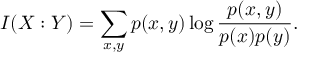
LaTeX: I ( X : Y ) = \sum _ { x , y } p ( x , y ) \log { \frac { p ( x , y ) } { p ( x ) p ( y ) } } .